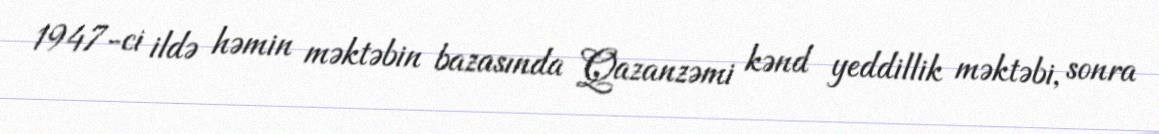
1947-ci ildə həmin məktəbin bazasında Qazanzəmi kənd yeddillik məktəbi, sonra